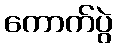
ကောက်ပွဲ